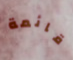
قائمة